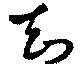
知